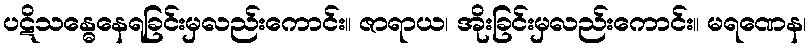
ပဋိသန္ဓေနေရခြင်းမှလည်းကောင်း။ ဇာရာယ၊ အိုးခြင်းမှလည်းကောင်း။ မရဏေန၊